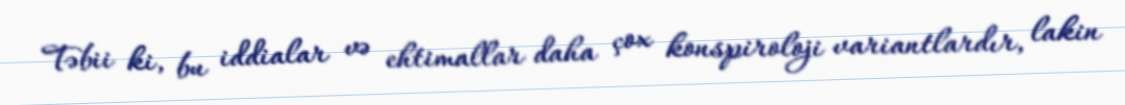
Təbii ki, bu iddialar və ehtimallar daha çox konspiroloji variantlardır, lakin